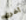
أخرى